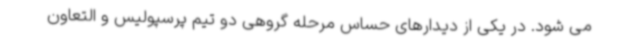
می شود. در یکی از دیدارهای حساس مرحله گروهی دو تیم پرسپولیس و التعاون